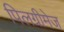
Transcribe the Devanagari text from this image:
पिलग्रीमेज